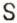
S